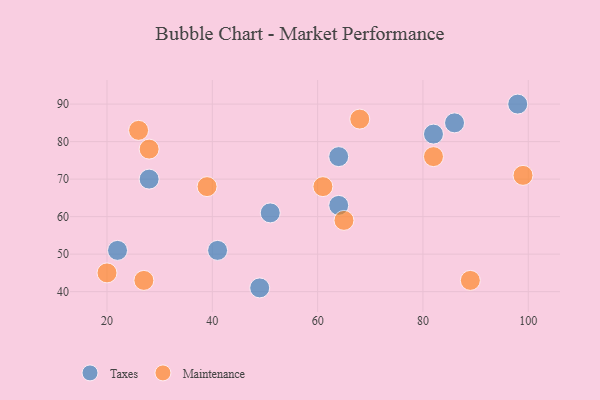
{"axis": {"x": "GDP", "y": "Life Expectancy"}, "legend": ["Maintenance", "Taxes"], "data": [{"x": "64", "y": 63, "type": "Taxes"}, {"x": "64", "y": 76, "type": "Taxes"}, {"x": "41", "y": 51, "type": "Taxes"}, {"x": "82", "y": 82, "type": "Taxes"}, {"x": "86", "y": 85, "type": "Taxes"}, {"x": "51", "y": 61, "type": "Taxes"}, {"x": "98", "y": 90, "type": "Taxes"}, {"x": "28", "y": 70, "type": "Taxes"}, {"x": "49", "y": 41, "type": "Taxes"}, {"x": "22", "y": 51, "type": "Taxes"}, {"x": "27", "y": 43, "type": "Maintenance"}, {"x": "39", "y": 68, "type": "Maintenance"}, {"x": "65", "y": 59, "type": "Maintenance"}, {"x": "20", "y": 45, "type": "Maintenance"}, {"x": "99", "y": 71, "type": "Maintenance"}, {"x": "61", "y": 68, "type": "Maintenance"}, {"x": "82", "y": 76, "type": "Maintenance"}, {"x": "26", "y": 83, "type": "Maintenance"}, {"x": "28", "y": 78, "type": "Maintenance"}, {"x": "68", "y": 86, "type": "Maintenance"}, {"x": "89", "y": 43, "type": "Maintenance"}]}